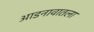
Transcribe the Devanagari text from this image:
आडनावातला